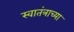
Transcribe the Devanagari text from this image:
स्वातंत्राच्या